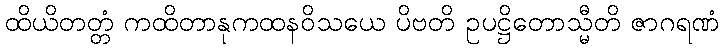
ထိယိတတ္တံ ကထိတာနုကထနဝိသယေ ပိဗတိ ဥပဋ္ဌိတောသ္မီတိ ဇာဂရဏံ